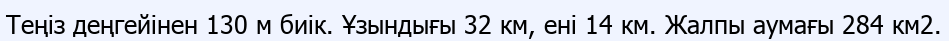
Теңіз деңгейінен 130 м биік. Ұзындығы 32 км, ені 14 км. Жалпы аумағы 284 км2.